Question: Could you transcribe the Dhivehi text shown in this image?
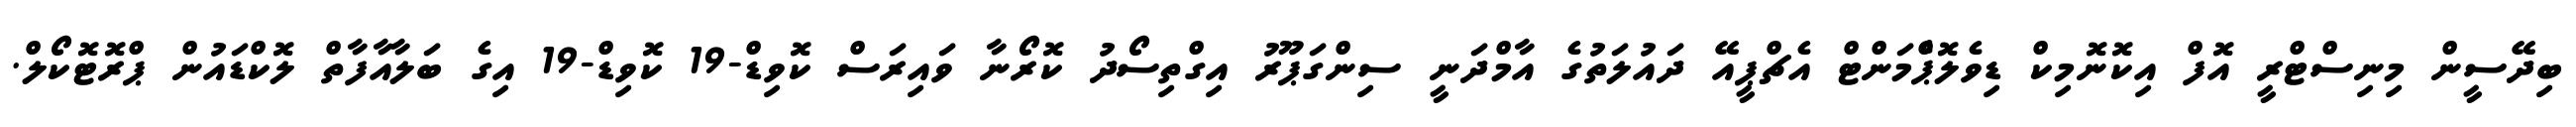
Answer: ބިދޭސީން މިނިސްޓްރީ އޮފް އިކޮނޮމިކް ޑިވެލޮޕްެމަންޓް އެޗްޕީއޭ ދައުލަތުގެ އާމްދަނީ ސިންގަޕޫރު އިގްތިސޯދު ކޮރޯނާ ވައިރަސް ކޮވިޑް-19 ކޮވިޑް-19 އިގެ ބަލާއާފާތް ލޮކްޑައުން ޕްރޮޓޮކޯލް.